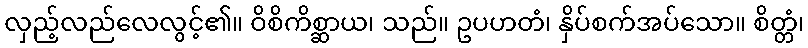
လှည့်လည်လေလွင့်၏။ ဝိစိကိစ္ဆာယ၊ သည်။ ဥပဟတံ၊ နှိပ်စက်အပ်သော။ စိတ္တံ၊